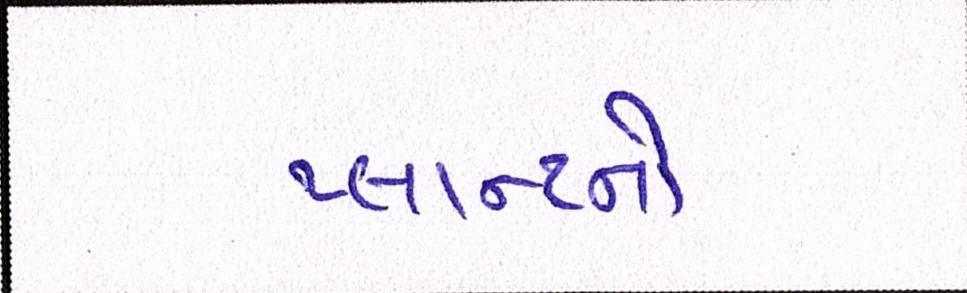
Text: પ્લાન્ટનો